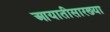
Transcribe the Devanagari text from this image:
आयातीसारख्या